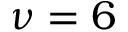
\nu = 6